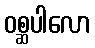
ဝစ္ဆပါလော